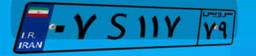
۰۷S۱۱۷۷۹